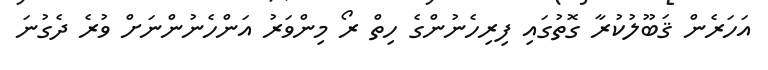
އަހަރެން ޤަބޫލުކުރާ ގޮތުގައި ފިރިހެނުންގެ ހިތް ރޯ މިންވަރު އަންހެނުންނަށް ވުރެ ދެގުނަ